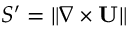
{ S } ^ { \prime } = \left\| \nabla \times \mathbf { U } \right\|